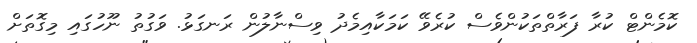
ކޮމެންޓް ކުރާ ފަރާތްތަކުންވެސް ކުރެވޭ ކަމަކާއިމެދު ވިސްނާލުން ރަނގަޅު. ވަގުތު ނޫހުގައި މިގޮތަށް